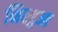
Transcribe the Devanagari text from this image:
निरहुआ